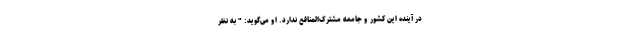
در آینده این کشور و جامعه مشتر‌ک‌المنافع ندارد. او می‌گوید: " به نظر